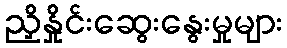
ညှိနှိုင်းဆွေးနွေးမှုများ